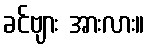
ခင်ဗျား အားလား။